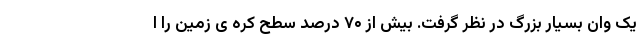
یک وان بسیار بزرگ در نظر گرفت. بیش از ۷۰ درصد سطح کره ی زمین را ا